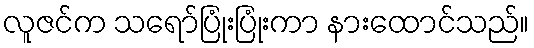
လူဇင်က သရော်ပြုံးပြုံးကာ နားထောင်သည်။